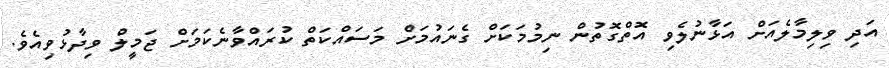
އަދި ވިލިމާލެއަށް އަޅާނުލެވި އޮތްގޮތުން ނިމުމަކަށް ގެނައުމަށް މަސައްކަތް ކުރައްވާނެކަމަށް ޖަމީލް ވިދާޅުވިއެވެ.